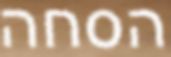
הסחה